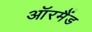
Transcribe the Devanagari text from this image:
ऑरमैंड